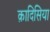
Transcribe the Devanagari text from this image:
क़ादिसिया